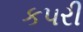
કપરી